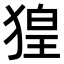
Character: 𤟡